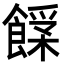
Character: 𩝰